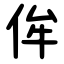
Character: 侔